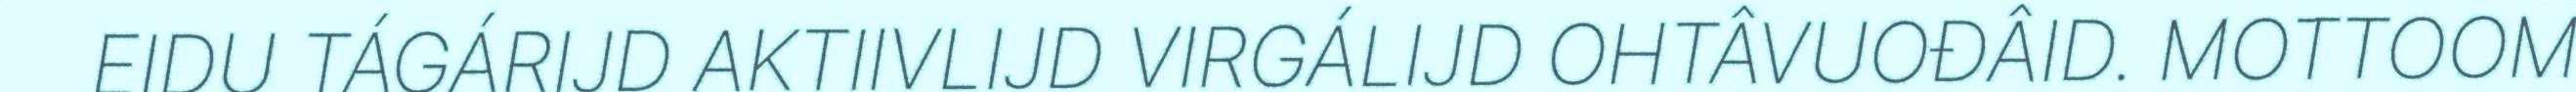
EIDU TÁGÁRIJD AKTIIVLIJD VIRGÁLIJD OHTÂVUOĐÂID. MOTTOOM